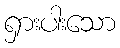
ရှားပါးသော